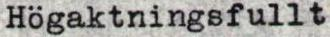
Högaktningsfullt